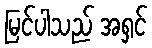
မြင်ပါသည် အရှင်